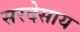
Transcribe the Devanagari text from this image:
सरदेसाय